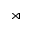
\rtimes